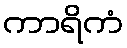
ကာရိကံ